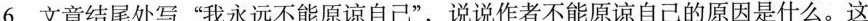
6.文章结尾处写“我永远不能原谅自己”,说说作者不能原谅自己的原因是什么。这